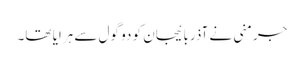
جرمنی نے آذربائیجان کو دو گول سے ہرایا تھا۔